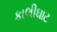
કાલીઘાટ